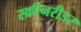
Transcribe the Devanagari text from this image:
स्क्रीनरीडर